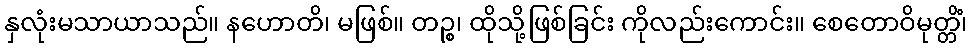
နှလုံးမသာယာသည်။ နဟောတိ၊ မဖြစ်။ တဉ္စ၊ ထိုသို့ဖြစ်ခြင်း ကိုလည်းကောင်း။ စေတောဝိမုတ္တိံ၊